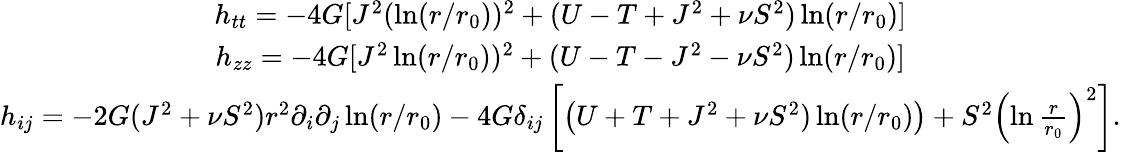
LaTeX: \begin{array}{cc}{{h_{tt}=-4G[J^{2}(\ln(r/r_{0}))^{2}+(U-T+J^{2}+\nu S^{2})\ln(r/r_{0})]}}\\ {{h_{zz}=-4G[J^{2}\ln(r/r_{0}))^{2}+(U-T-J^{2}-\nu S^{2})\ln(r/r_{0})]}}\\ {{h_{ij}=-2G(J^{2}+\nu S^{2})r^{2}\partial_{i}\partial_{j}\ln(r/r_{0})-4G\delta_{ij}\left[\left(U+T+J^{2}+\nu S^{2})\ln(r/r_{0})\right)+S^{2}\left(\ln\frac{r}{r_{0}}\right)^{2}\right].}}\end{array}